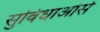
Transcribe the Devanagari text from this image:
सुविधाओसे